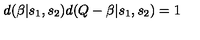
d ( \beta | s _ { 1 } , s _ { 2 } ) d ( Q - \beta | s _ { 1 } , s _ { 2 } ) = 1